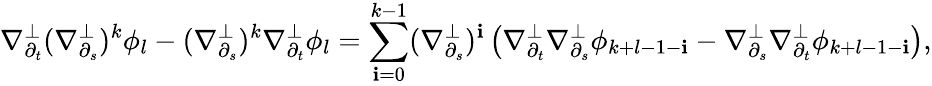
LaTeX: \nabla_{\partial_{t}}^{\perp}(\nabla_{\partial_{s}}^{\perp})^{k}\phi_{l}-(\nabla_{\partial_{s}}^{\perp})^{k}\nabla_{\partial_{t}}^{\perp}\phi_{l}=\sum_{\mathbf{i}=0}^{k-1}(\nabla_{\partial_{s}}^{\perp})^{\mathbf{i}}\left(\nabla_{\partial_{t}}^{\perp}\nabla_{\partial_{s}}^{\perp}\phi_{k+l-1-\mathbf{i}}-\nabla_{\partial_{s}}^{\perp}\nabla_{\partial_{t}}^{\perp}\phi_{k+l-1-\mathbf{i}}\right),